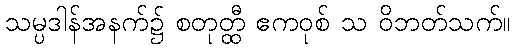
သမ္ပဒါန်အနက်၌ စတုတ္ထီ ဧကဝုစ် သ ဝိဘတ်သက်။